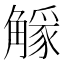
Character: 𧤷